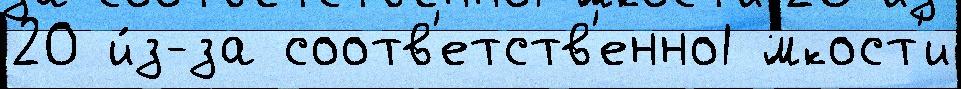
20 и́з-за соотв'етств'енно1 ́мкост'и